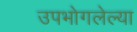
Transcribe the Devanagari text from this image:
उपभोगलेल्या